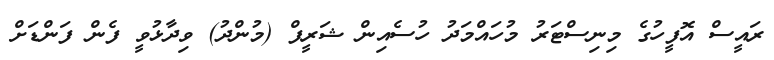
ރައީސް އޮފީހުގެ މިނިސްޓަރު މުހައްމަދު ހުސެއިން ޝަރީފް (މުންދު) ވިދާޅުވީ ފެން ފަންޑަށް